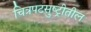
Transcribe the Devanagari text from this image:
चित्रपटसुष्ट्रीतील